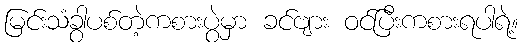
မြင်းသံခွာပစ်တဲ့ကစားပွဲမှာ ခင်ဗျား ဝင်ပြီးကစားရပါရဲ့။